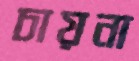
চায়না